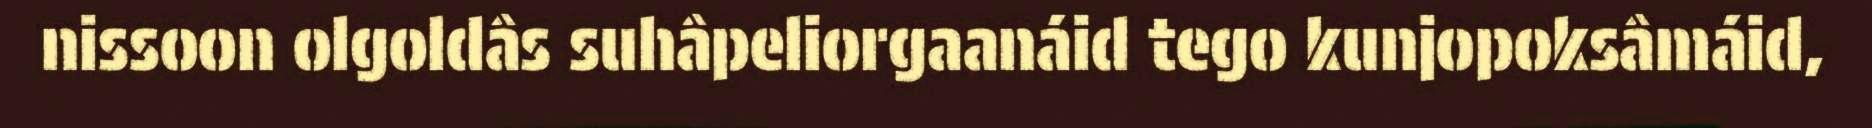
nissoon olgoldâs suhâpeliorgaanáid tego kunjopoksâmáid,